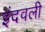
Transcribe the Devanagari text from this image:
इंदवली